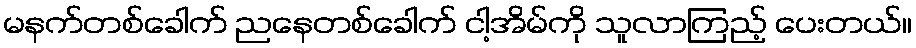
မနက်တစ်ခေါက် ညနေတစ်ခေါက် ငါ့အိမ်ကို သူလာကြည့် ပေးတယ်။